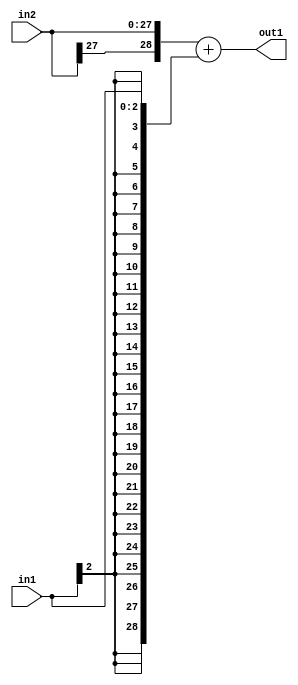
`timescale 1ps / 1ps
/*****************************************************************************
    Verilog RTL Description
    
    
    Created by: Stratus DpOpt 2019.1.01 
*******************************************************************************/

module DC_Filter_Add_28Sx3S_29S_4 (
	in2,
	in1,
	out1
	); /* architecture "behavioural" */ 
input [27:0] in2;
input [2:0] in1;
output [28:0] out1;
wire [28:0] asc001;

assign asc001 = 
	+({in2[27], in2})
	+({{26{in1[2]}}, in1});

assign out1 = asc001;
endmodule

/* CADENCE  ubLySQ0= : u9/ySgnWtBlWxVPRXgAZ4Og= ** DO NOT EDIT THIS LINE ******/